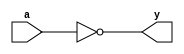
// input external delay: 4 ns
// in delay: 0.011365 ns
// input delay: 0.010861 ns
// output delay: 0.175128 ns
// out delay: 0.000627 ns
// total extra delay: 4.197981 ns
// critical path time: 6.572384 ns
// total inverter delay needed: 6.572384 - 4.197981 = 2.374403 ns
// average one inverter delay: 0.03012 ns
// inverters needed: 76

module inverter(input wire a, output wire y);
    not (y, a);
endmodule

module lsu_replica(input wire in, output wire out);
	wire [74:0] interconnections; // Wires to connect inverters

	// Instantiate 72 inverters and chain them
	inverter inv0(in, interconnections[0]);
	inverter inv1(interconnections[0], interconnections[1]);
	inverter inv2(interconnections[1], interconnections[2]);
	inverter inv3(interconnections[2], interconnections[3]);
	inverter inv4(interconnections[3], interconnections[4]);
	inverter inv5(interconnections[4], interconnections[5]);
	inverter inv6(interconnections[5], interconnections[6]);
	inverter inv7(interconnections[6], interconnections[7]);
	inverter inv8(interconnections[7], interconnections[8]);
	inverter inv9(interconnections[8], interconnections[9]);
	inverter inv10(interconnections[9], interconnections[10]);
	inverter inv11(interconnections[10], interconnections[11]);
	inverter inv12(interconnections[11], interconnections[12]);
	inverter inv13(interconnections[12], interconnections[13]);
	inverter inv14(interconnections[13], interconnections[14]);
	inverter inv15(interconnections[14], interconnections[15]);
	inverter inv16(interconnections[15], interconnections[16]);
	inverter inv17(interconnections[16], interconnections[17]);
	inverter inv18(interconnections[17], interconnections[18]);
	inverter inv19(interconnections[18], interconnections[19]);
	inverter inv20(interconnections[19], interconnections[20]);
	inverter inv21(interconnections[20], interconnections[21]);
	inverter inv22(interconnections[21], interconnections[22]);
	inverter inv23(interconnections[22], interconnections[23]);
	inverter inv24(interconnections[23], interconnections[24]);
	inverter inv25(interconnections[24], interconnections[25]);
	inverter inv26(interconnections[25], interconnections[26]);
	inverter inv27(interconnections[26], interconnections[27]);
	inverter inv28(interconnections[27], interconnections[28]);
	inverter inv29(interconnections[28], interconnections[29]);
	inverter inv30(interconnections[29], interconnections[30]);
	inverter inv31(interconnections[30], interconnections[31]);
	inverter inv32(interconnections[31], interconnections[32]);
	inverter inv33(interconnections[32], interconnections[33]);
	inverter inv34(interconnections[33], interconnections[34]);
	inverter inv35(interconnections[34], interconnections[35]);
	inverter inv36(interconnections[35], interconnections[36]);
	inverter inv37(interconnections[36], interconnections[37]);
	inverter inv38(interconnections[37], interconnections[38]);
	inverter inv39(interconnections[38], interconnections[39]);
	inverter inv40(interconnections[39], interconnections[40]);
	inverter inv41(interconnections[40], interconnections[41]);
	inverter inv42(interconnections[41], interconnections[42]);
	inverter inv43(interconnections[42], interconnections[43]);
	inverter inv44(interconnections[43], interconnections[44]);
	inverter inv45(interconnections[44], interconnections[45]);
	inverter inv46(interconnections[45], interconnections[46]);
	inverter inv47(interconnections[46], interconnections[47]);
	inverter inv48(interconnections[47], interconnections[48]);
	inverter inv49(interconnections[48], interconnections[49]);
	inverter inv50(interconnections[49], interconnections[50]);
	inverter inv51(interconnections[50], interconnections[51]);
	inverter inv52(interconnections[51], interconnections[52]);
	inverter inv53(interconnections[52], interconnections[53]);
	inverter inv54(interconnections[53], interconnections[54]);
	inverter inv55(interconnections[54], interconnections[55]);
	inverter inv56(interconnections[55], interconnections[56]);
	inverter inv57(interconnections[56], interconnections[57]);
	inverter inv58(interconnections[57], interconnections[58]);
	inverter inv59(interconnections[58], interconnections[59]);
	inverter inv60(interconnections[59], interconnections[60]);
	inverter inv61(interconnections[60], interconnections[61]);
	inverter inv62(interconnections[61], interconnections[62]);
	inverter inv63(interconnections[62], interconnections[63]);
	inverter inv64(interconnections[63], interconnections[64]);
	inverter inv65(interconnections[64], interconnections[65]);
	inverter inv66(interconnections[65], interconnections[66]);
	inverter inv67(interconnections[66], interconnections[67]);
	inverter inv68(interconnections[67], interconnections[68]);
	inverter inv69(interconnections[68], interconnections[69]);
	inverter inv70(interconnections[69], interconnections[70]);
	inverter inv71(interconnections[70], interconnections[71]);
	inverter inv72(interconnections[71], interconnections[72]);
	inverter inv73(interconnections[72], interconnections[73]);
	inverter inv74(interconnections[73], interconnections[74]);
	inverter inv75(interconnections[74], out);
endmodule